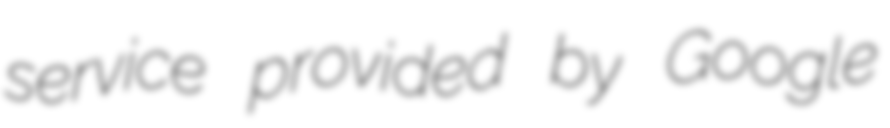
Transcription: service provided by Google